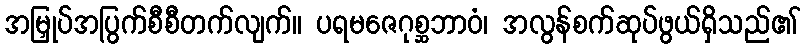
အမြှုပ်အပြွက်စီစီတက်လျက်။ ပရမဇေဂုစ္ဆဘာဝံ၊ အလွန်စက်ဆုပ်ဖွယ်ရှိသည်၏